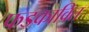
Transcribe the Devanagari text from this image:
फडकावित